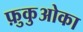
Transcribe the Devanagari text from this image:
फ़ुकुओका